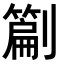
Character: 𭄙